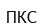
ПКС